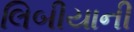
લિબીયાની